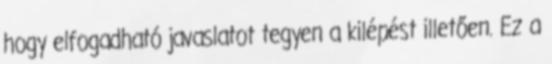
hogy elfogadható javaslatot tegyen a kilépést illetően. Ez a